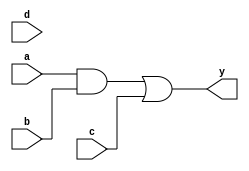
/* Generated by Yosys 0.9 (git sha1 1979e0b) */

module multiple_module_opt(a, b, c, d, y);
  wire _0_;
  wire \U1.y ;
  input a;
  input b;
  input c;
  input d;
  output y;
  assign _0_ = \U1.y  & b;
  assign y = _0_ | c;
  assign \U1.y  = 1'h1 & a;
endmodule